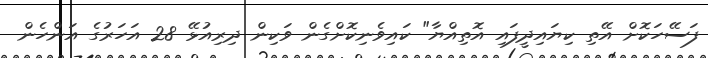
ފަސޭހަކޮށް އޭތި ކިޔައިދީފައި އޮތިއްޔާ" ކައިވެނިކޮށްގެން ވަކިން ދިރިއުޅޭ 28 އަހަރުގެ އަންހެން